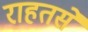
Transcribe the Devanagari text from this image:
राहतसे